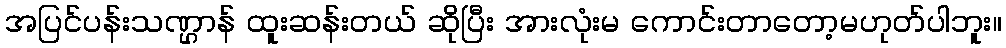
အပြင်ပန်းသဏ္ဌာန် ထူးဆန်းတယ် ဆိုပြီး အားလုံးမ ကောင်းတာတော့မဟုတ်ပါဘူး။